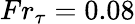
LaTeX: {Fr}_{\tau}=0.08